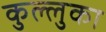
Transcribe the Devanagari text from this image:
कुल्लुका